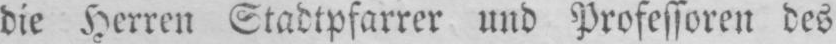
die Herren Stadtpfarrer und Professoren des